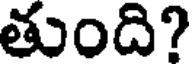
తుంది?